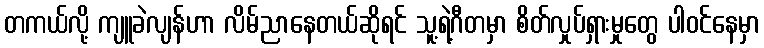
တကယ်လို့ ကျူခဲလျန်ဟာ လိမ်ညာနေတယ်ဆိုရင် သူ့ရဲ့ဂီတမှာ စိတ်လှုပ်ရှားမှုတွေ ပါဝင်နေမှာ